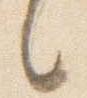
言